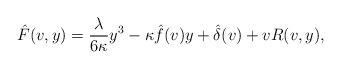
\begin{align*} \hat{F}(v,y)=\frac{\lambda}{6\kappa}y^3-\kappa\hat{f}(v)y+\hat{\delta}(v)+vR(v,y),\end{align*}